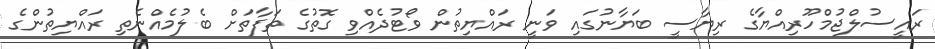
ރައީސުލްޖުމްހޫރިއްޔާގެ ރިޔާސީ ބަޔާނުގައި ވަނީ ރައްޔިތުން ވޯޓުދެއްވި ގޮތުގެ ތަފާތަށް ބެލުމެއްނެތި ރައްޔިތުންގެ